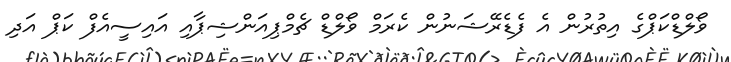
ވޯލްޑްކަޕްގެ އިތުރުން އެ ފެޑެރޭޝަނުން ކެރަމް ވޯލްޑް ޗެމްޕިއަންޝިޕާއި އައިސީއެފް ކަޕް އަދި